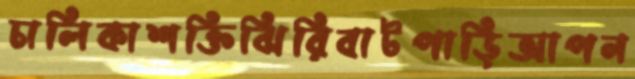
চালিকাশক্তিঝিরিবাটপাড়িআপন